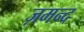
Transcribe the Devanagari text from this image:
ज़मन्द